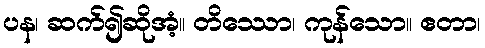
ပန၊ ဆက်၍ဆိုအံ့။ တိဿော၊ ကုန်သော။ ဧတာ၊